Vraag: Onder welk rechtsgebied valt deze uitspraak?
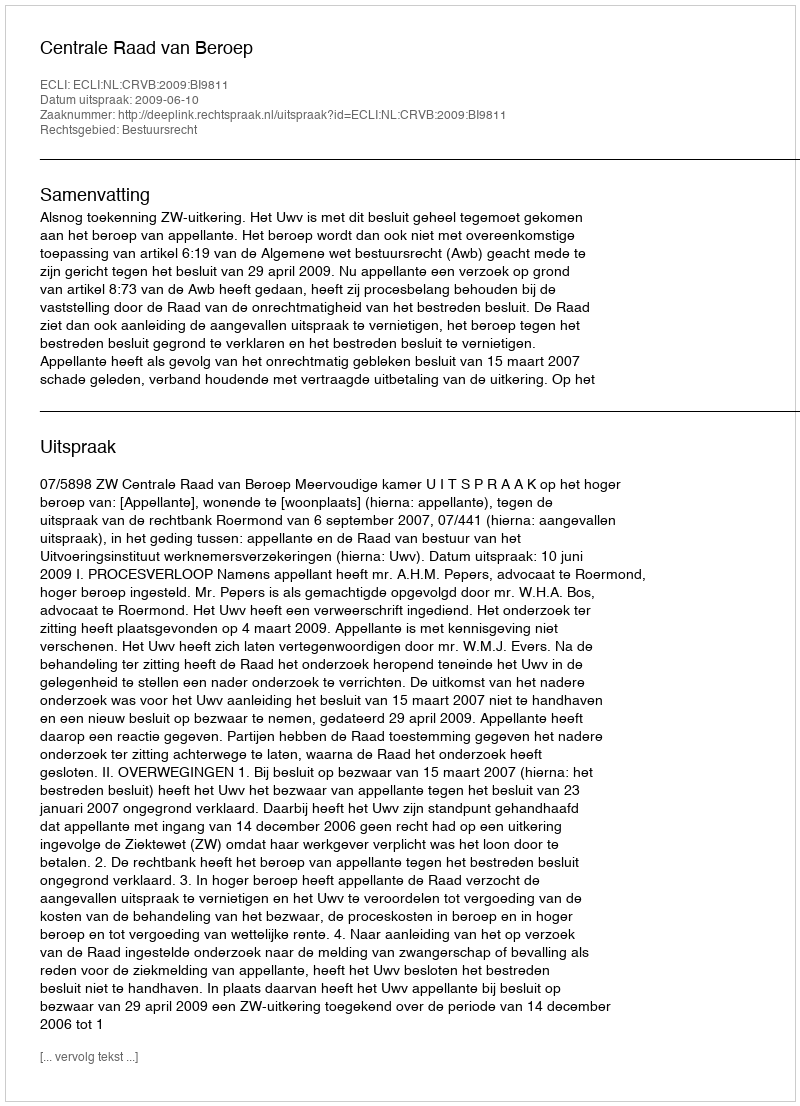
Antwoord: Bestuursrecht